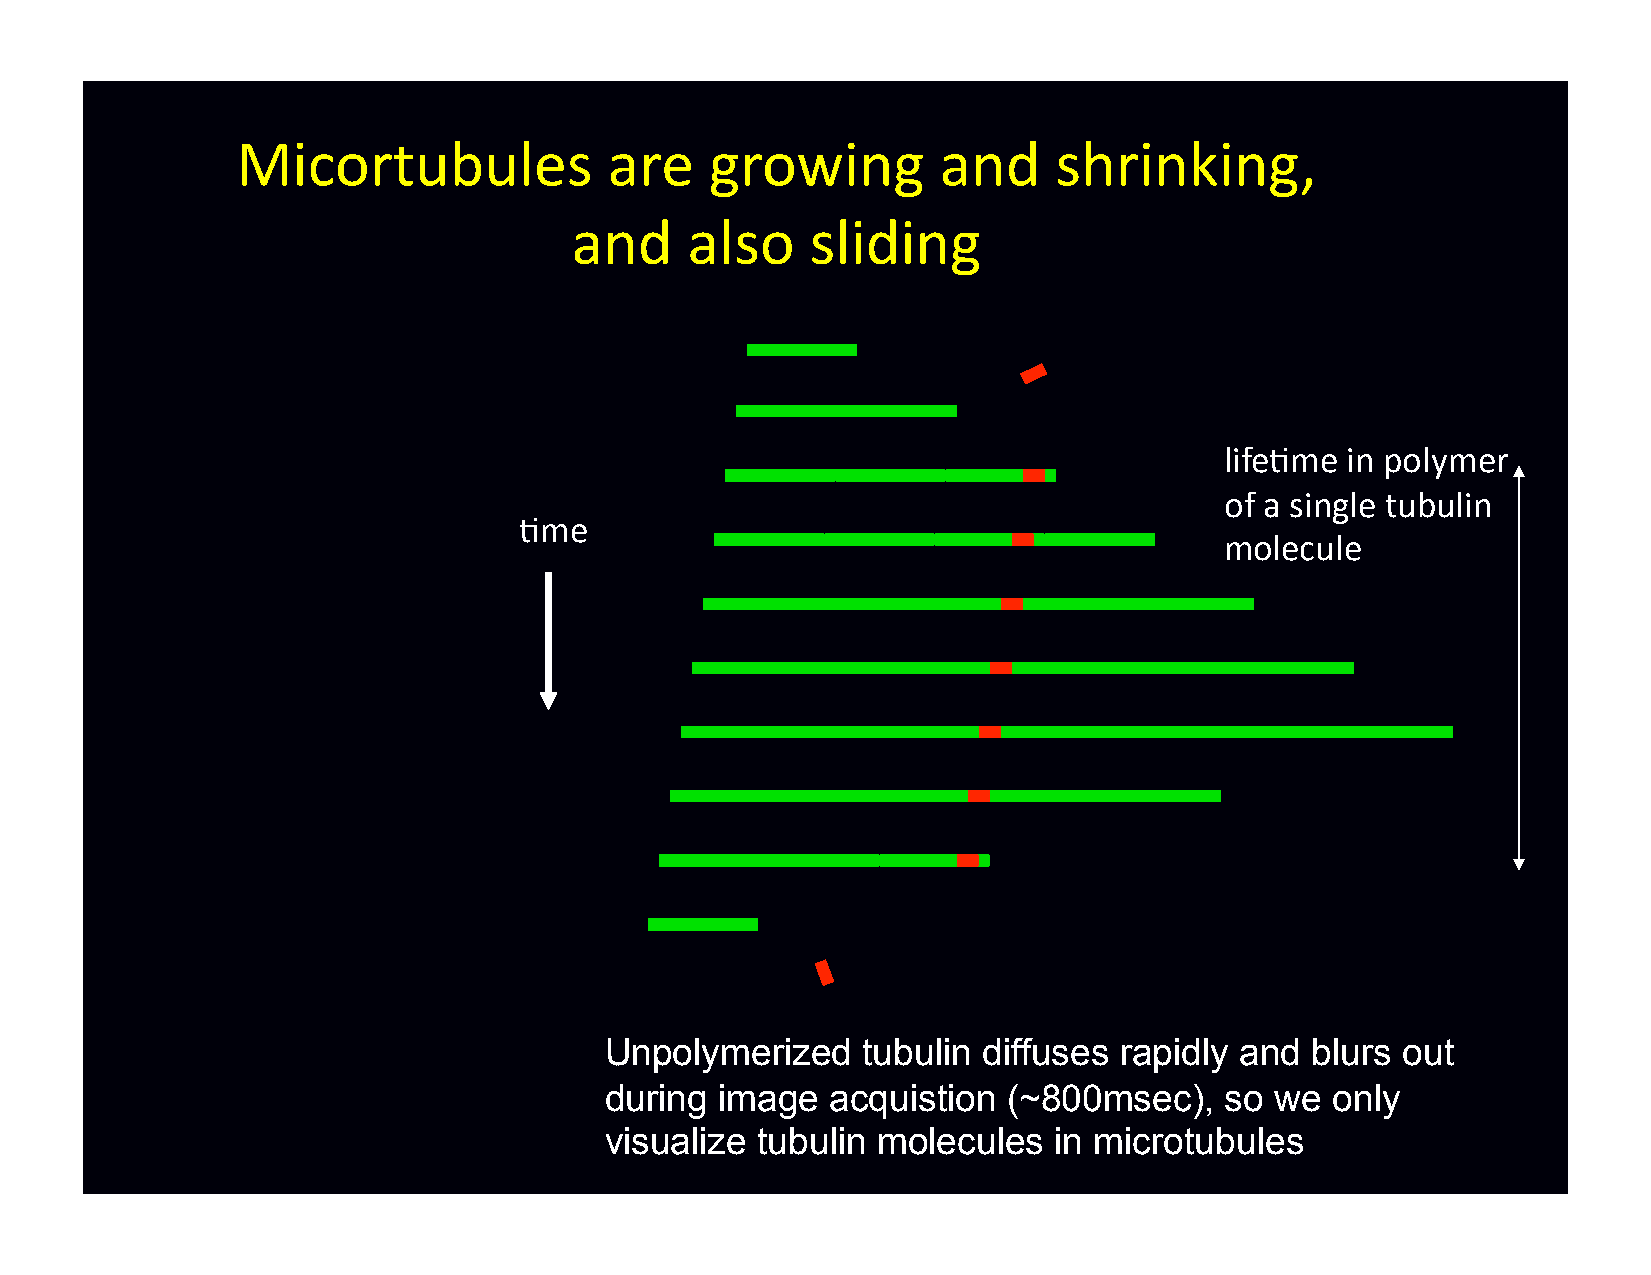
Micortubules            are    growing        and     shrinking,
 and    also     sliding
 life-me in polymer
 of a single tubulin
 -me
 molecule
 Unpolymerized    tubulin diffuses rapidly and  blurs out
 during  image  acquistion  (~800msec),   so we  only
 visualize tubulin molecules   in microtubules